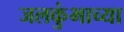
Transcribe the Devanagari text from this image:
जलकुंभाच्या